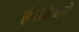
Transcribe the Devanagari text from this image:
है।जिससे